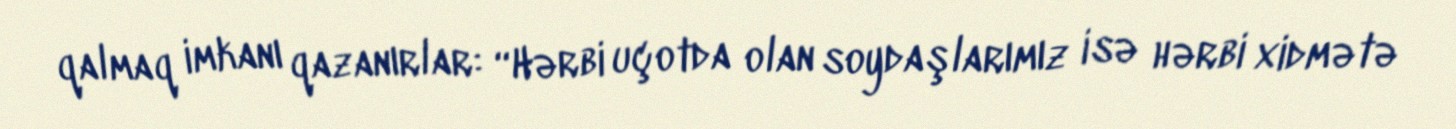
qalmaq imkanı qazanırlar: “Hərbi uçotda olan soydaşlarımız isə hərbi xidmətə